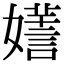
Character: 𡣌